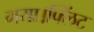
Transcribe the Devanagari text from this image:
गया।फ्लिंट